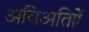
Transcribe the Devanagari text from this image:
अविअतािों